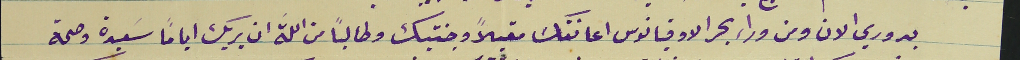
بدوري الان ومن وراء بحر الاوقيانوس اعانقك مقبلاً وجنتيك وطالبًا من الله ان يريك ايامًا سَعيدة وصحة